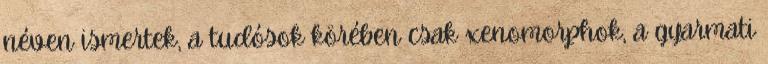
néven ismertek, a tudósok körében csak xenomorphok, a gyarmati